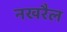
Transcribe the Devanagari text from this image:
नखरैल